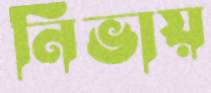
নিভায়